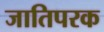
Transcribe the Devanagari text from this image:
जातिपरक